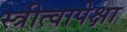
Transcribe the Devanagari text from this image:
स्त्रीत्वापेक्षा